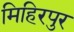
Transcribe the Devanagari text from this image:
मिहिरपुर